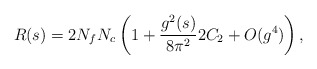
\begin{align*}R (s) = 2 N_{f} N_{c} \left( 1 + \frac{g^{2}(s)}{8\pi^{2}} 2 C_{2} + O(g^{4})\right), \end{align*}